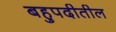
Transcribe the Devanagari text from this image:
बहुपदीतील